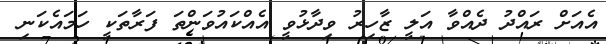
އެއަށް ރައްދު ދެއްވާ އަލީ ޒާހިރު ވިދާޅުވީ އެއްކައުވަންތަ ފަރާތަކީ ހަމައެކަނި